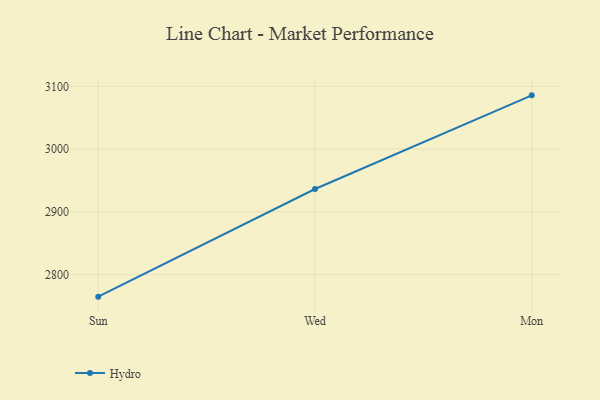
{"axis": {"x": "Day", "y": "Waste Production (Tons)"}, "legend": ["Hydro"], "data": [{"x": "Sun", "y": 2764.7, "type": "Hydro"}, {"x": "Wed", "y": 2936.4, "type": "Hydro"}, {"x": "Mon", "y": 3085.7, "type": "Hydro"}]}